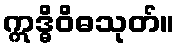
ဣဒ္ဓိဝိဓသုတ်။